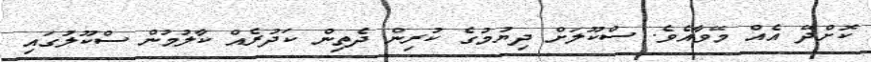
ކޮށްދޭ އެއް މޭވާއެވެ. ސްކޫލަށް ދިޔުމުގެ ކުރިން ދެތިން ކަދުރެއް ކާލުމުން ސްކޫލުގައި